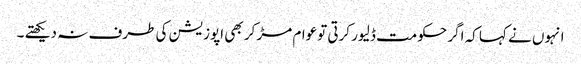
انہوں نے کہا کہ اگر حکومت ڈلیور کرتی توعوام مڑ کر بھی اپوزیشن کی طرف نہ دیکھتے ۔